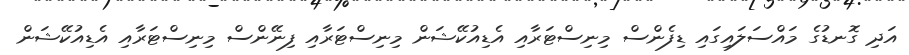
އަދި ގޮނޑުގެ މައްސަލައިގައި ޑިފެންސް މިނިސްޓަރާއި އެޑިއުކޭޝަން މިނިސްޓަރާއި ފިނޭންސް މިނިސްޓަރާއި އެޑިއުކޭޝަން